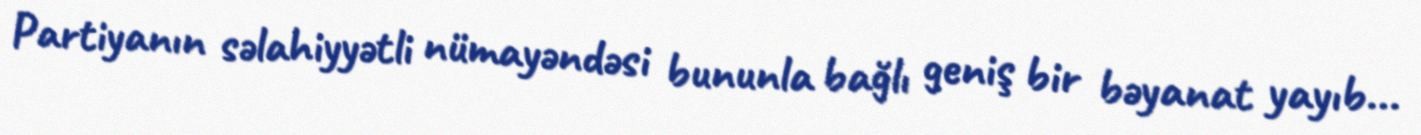
Partiyanın səlahiyyətli nümayəndəsi bununla bağlı geniş bir bəyanat yayıb...